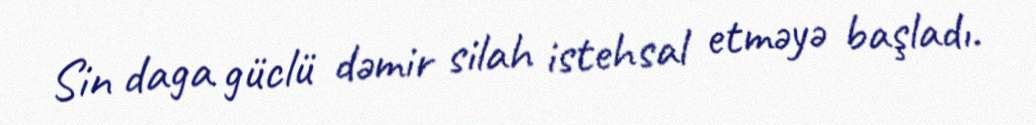
Sin daga güclü dəmir silah istehsal etməyə başladı.